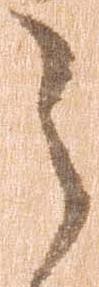
之